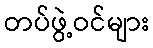
တပ်ဖွဲ့ဝင်များ